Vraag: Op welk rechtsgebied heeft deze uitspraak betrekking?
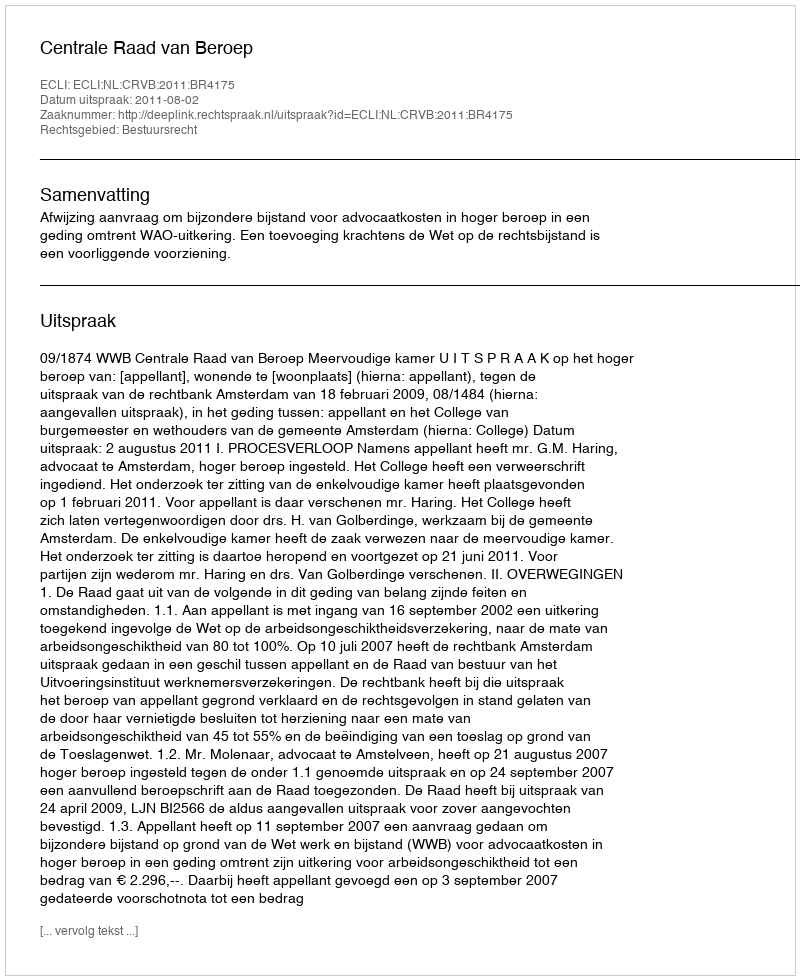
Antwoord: Bestuursrecht